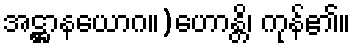
အဋ္ဌာနယောဂ။)ဟောန္တိ၊ ကုန်၏။